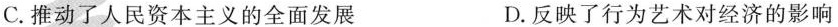
C.推动了人民资本主义的全面发展 D.反映了行为艺术对经济的影响